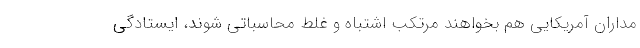
مداران آمریکایی هم بخواهند مرتکب اشتباه و غلط محاسباتی شوند، ایستادگی